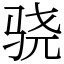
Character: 骁